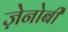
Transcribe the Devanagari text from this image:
ज़ेनोबी